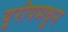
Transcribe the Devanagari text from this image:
युरोपमधुन